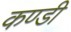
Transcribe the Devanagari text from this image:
कण्डी